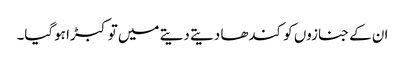
ان کے جنازوں کو کندھا دیتے دیتے میں توکبڑا ہوگیا۔